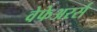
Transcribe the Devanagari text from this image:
वेफेअरर्स